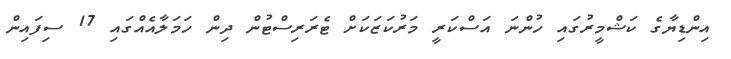
އިންޑިޔާގެ ކަޝްމީރުގައި ހުންނަ އަސްކަރީ މަރުކަޒަކަށް ޓެރަރިސްޓުން ދިން ހަމަލާއެއްގައި 17 ސިފައިން